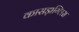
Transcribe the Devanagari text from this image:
कासड़ाग्लिस